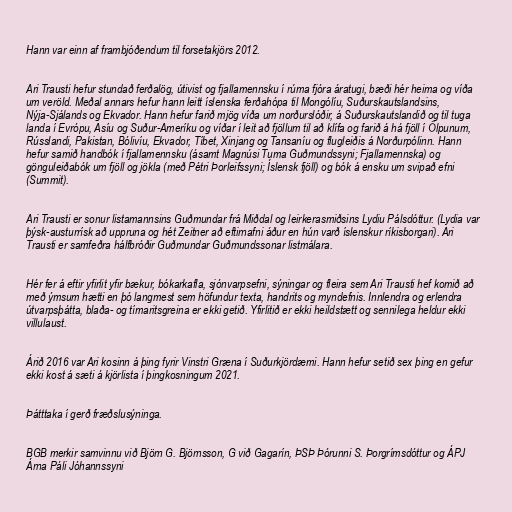
Hann var einn af frambjóðendum til forsetakjörs 2012.

Ari Trausti hefur stundað ferðalög, útivist og fjallamennsku í rúma fjóra áratugi, bæði hér heima og víða
um veröld. Meðal annars hefur hann leitt íslenska ferðahópa til Mongólíu, Suðurskautslandsins,
Nýja-Sjálands og Ekvador. Hann hefur farið mjög víða um norðurslóðir, á Suðurskautslandið og til tuga
landa í Evrópu, Asíu og Suður-Ameríku og víðar í leit að fjöllum til að klífa og farið á há fjöll í Ölpunum,
Rússlandi, Pakistan, Bólivíu, Ekvador, Tíbet, Xinjang og Tansaníu og flugleiðis á Norðurpólinn. Hann
hefur samið handbók í fjallamennsku (ásamt Magnúsi Tuma Guðmundssyni; Fjallamennska) og
gönguleiðabók um fjöll og jökla (með Pétri Þorleifssyni; Íslensk fjöll) og bók á ensku um svipað efni
(Summit).

Ari Trausti er sonur listamannsins Guðmundar frá Miðdal og leirkerasmiðsins Lydiu Pálsdóttur. (Lydia var
þýsk-austurrísk að uppruna og hét Zeitner að eftirnafni áður en hún varð íslenskur ríkisborgari). Ari
Trausti er samfeðra hálfbróðir Guðmundar Guðmundssonar listmálara.

Hér fer á eftir yfirlit yfir bækur, bókarkafla, sjónvarpsefni, sýningar og fleira sem Ari Trausti hef komið að
með ýmsum hætti en þó langmest sem höfundur texta, handrits og myndefnis. Innlendra og erlendra
útvarpsþátta, blaða- og tímaritsgreina er ekki getið. Yfirlitið er ekki heildstætt og sennilega heldur ekki
villulaust.

Árið 2016 var Ari kosinn á þing fyrir Vinstri Græna í Suðurkjördæmi. Hann hefur setið sex þing en gefur
ekki kost á sæti á kjörlista í þingkosningum 2021.

Þátttaka í gerð fræðslusýninga.

BGB merkir samvinnu við Björn G. Björnsson, G við Gagarín, ÞSÞ Þórunni S. Þorgrímsdóttur og ÁPJ
Árna Páli Jóhannssyni